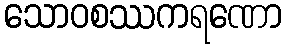
သောဝစဿကရဏော